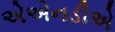
એએનડીએ